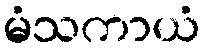
မံသကာယံ